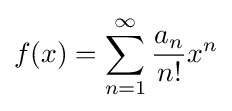
f(x)=\sum _{n=1}^{\infty }{\frac {a_{n}}{n!}}x^{n}